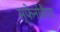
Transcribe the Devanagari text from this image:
स्फेनोबैएरा